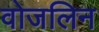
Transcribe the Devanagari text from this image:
वोजलिन